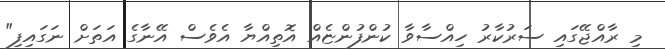
މި ރާއްޖޭގައި ސަރުކާރު ހިއްސާވާ ކުންފުންޏެއް އޮތިއްޔާ އެވެސް އޭނާގެ އަތަށް ނަގައިފި"